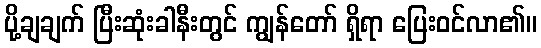
ပို့ချချက် ပြီးဆုံးခါနီးတွင် ကျွန်တော် ရှိရာ ပြေးဝင်လာ၏။